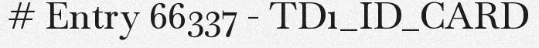
# Entry 66337 - TD1_ID_CARD